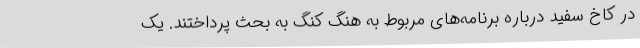
در کاخ سفید درباره برنامه‌های مربوط به هنگ کنگ به بحث پرداختند. یک